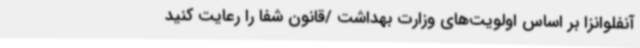
آنفلوانزا بر اساس اولویت‌های وزارت بهداشت /قانون شفا را رعایت کنید